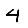
Digit: 4